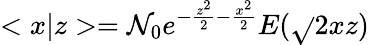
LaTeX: <x|z>=\mathcal{N}_{0}e^{-\frac{{z^{2}}}{2}-\frac{{x^{2}}}{2}}E(\sqrt{}{{2}}xz)